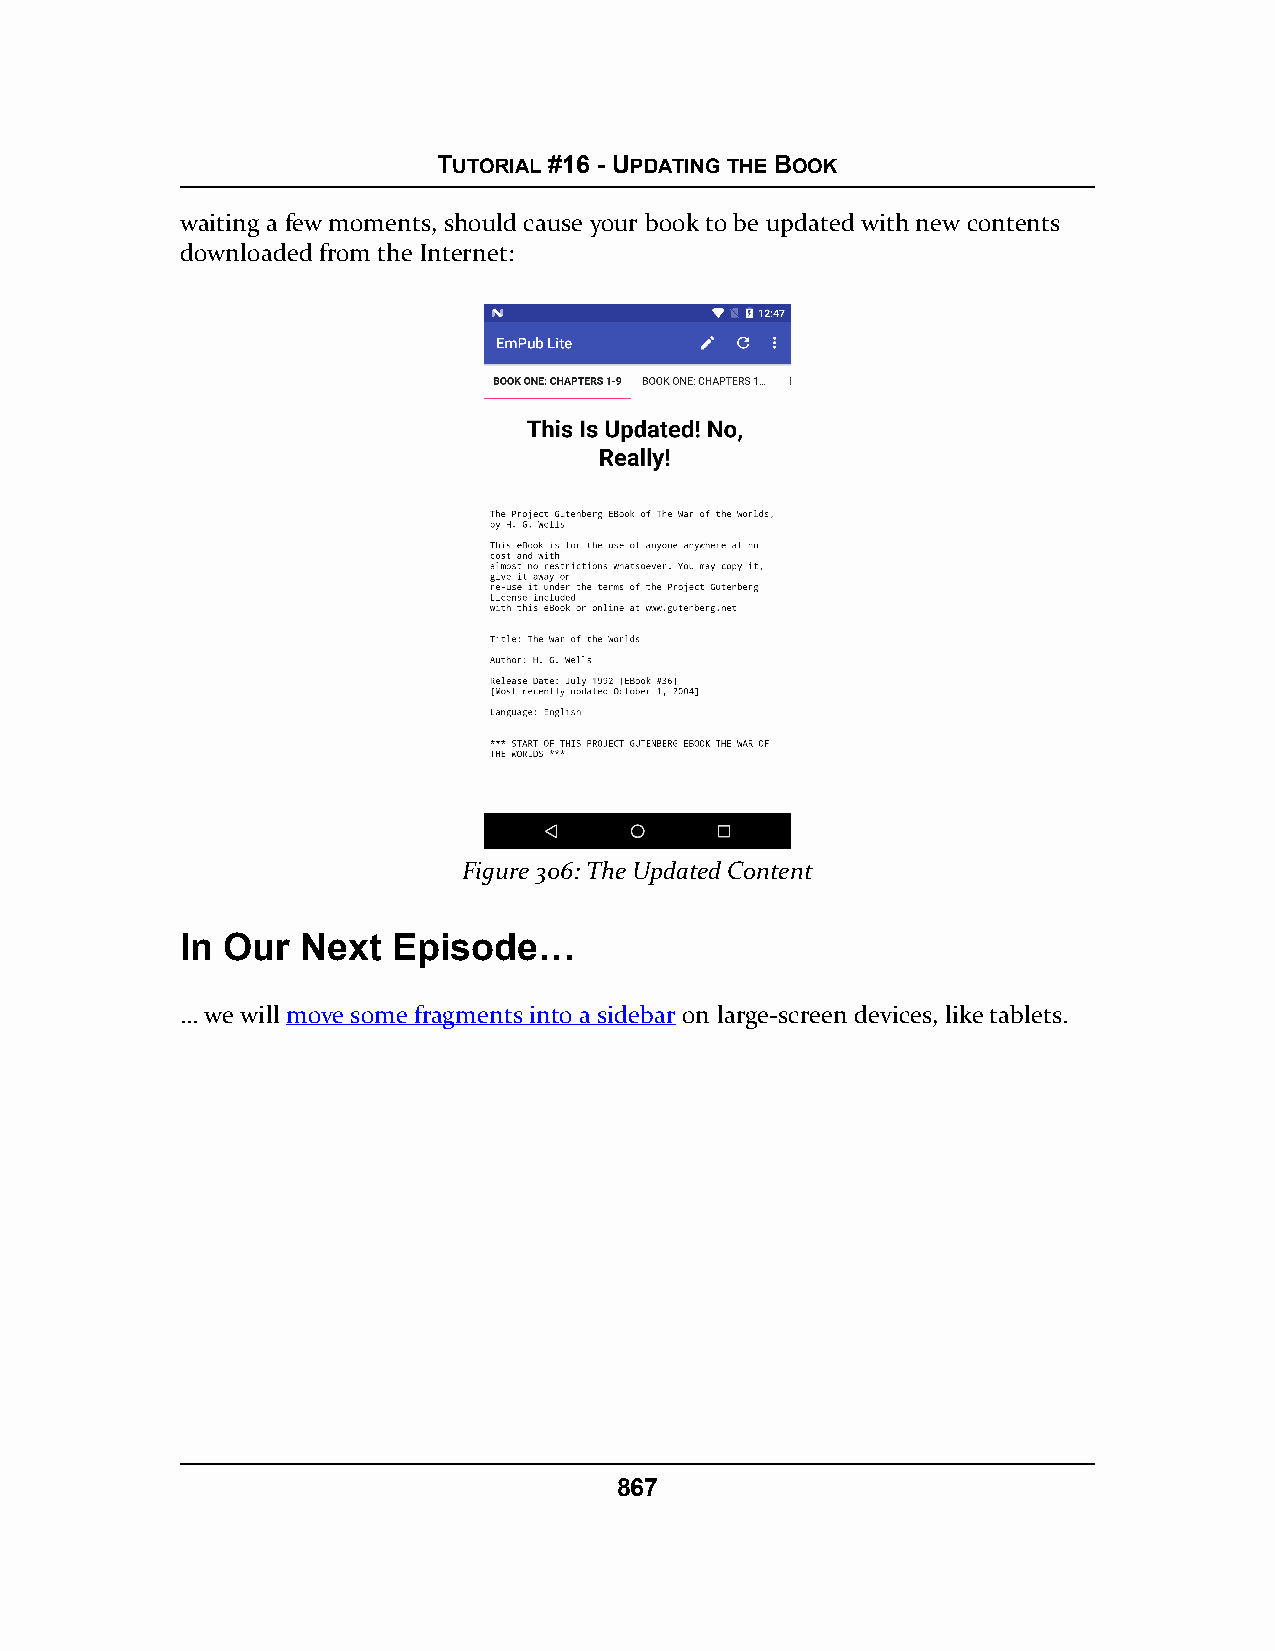
TUTORIAL #16 - UPDATING THE BOOK
 waiting a few moments, should cause your book to be updated with new contents
 downloaded from the Internet:
 Figure 306: The Updated Content
 In Our  Next  Episode…
 … we will move some fragments into a sidebar on large-screen devices, like tablets.
 867